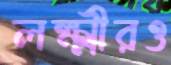
লক্ষ্মীরও